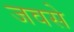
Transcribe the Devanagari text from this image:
जवसे